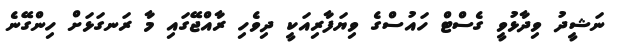
ނަޝީދު ވިދާޅުވީ ގެސްޓް ހައުސްގެ ވިޔަފާރިއަކީ ދިވެހި ރާއްޖޭގައި މާ ރަނގަޅަށް ހިންގޭނެ